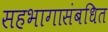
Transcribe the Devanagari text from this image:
सहभागासंबधित